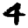
Digit: 4